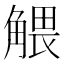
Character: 𧤖